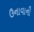
ઉનાવાની